Indian journal of veterinary science and animal husbandry - Volumes 24-25, 1954-1955
Year: 1954
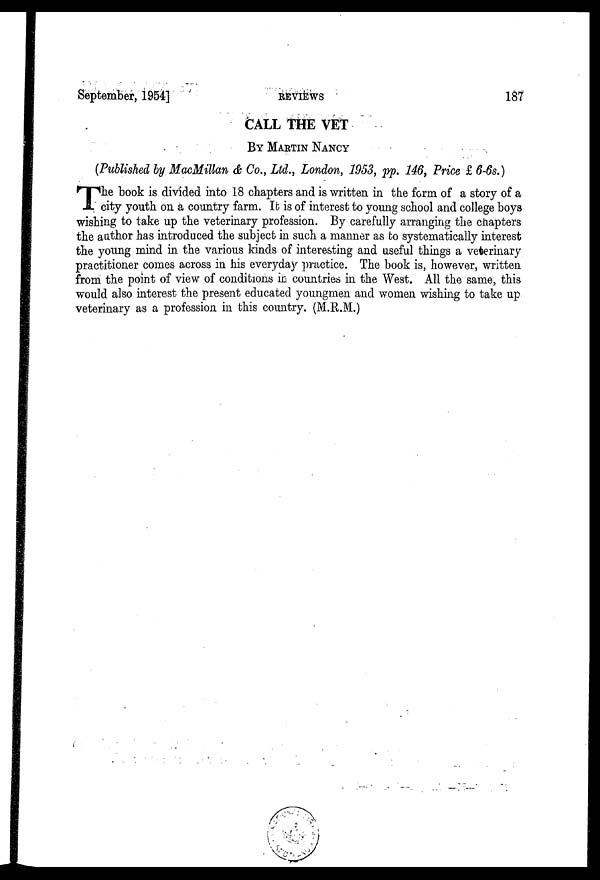
September, 1954]
REVIEWS
187
CALL THE VET
BY MARTIN NANCY
(Published by MacMillan & Co., Ltd., London, 1953, pp. 146, Price £ 6-6s.)
T he book is divided into 18 chapters and is written in the form of a story of a
city youth on a country farm. It is of interest to young school and college boys
wishing to take up the veterinary profession. By carefully arranging the chapters
the author has introduced the subject in such a manner as to systematically interest
the young mind in the various kinds of interesting and useful things a veterinary
practitioner comes across in his everyday practice. The book is, however, written
from the point of view of conditions in countries in the West. All the same, this
would also interest the present educated youngmen and women wishing to take up
veterinary as a profession in this country. (M.R.M.)